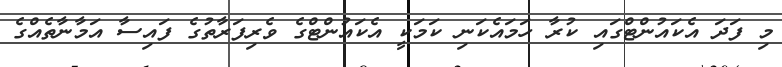
މި ފަދަ އެކައުންޓްގައި ކުރާ ހަމައެކަނި ކަމަކީ އެކައުންޓްގެ ވެރިފަރާތުގެ ފައިސާ އަމާނާތެއްގެ